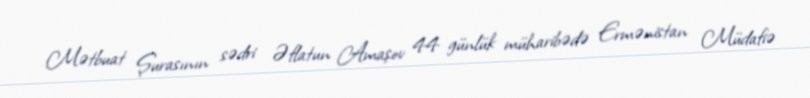
Mətbuat Şurasının sədri Əflatun Amaşov 44 günlük müharibədə Ermənistan Müdafiə